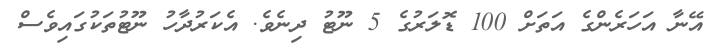
އޭނާ އަހަރެންގެ އަތަށް 100 ޑޮލަރުގެ 5 ނޫޓު ދިނެވެ. އެކަރުދާހު ނޫޓުތަކުގައިވެސް